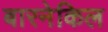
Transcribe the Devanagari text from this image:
बारनेकिल